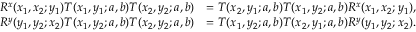
\begin{array} { r l } { R ^ { x } ( x _ { 1 } , x _ { 2 } ; y _ { 1 } ) T ( x _ { 1 } , y _ { 1 } ; a , b ) T ( x _ { 2 } , y _ { 2 } ; a , b ) } & { = T ( x _ { 2 } , y _ { 1 } ; a , b ) T ( x _ { 1 } , y _ { 2 } ; a , b ) R ^ { x } ( x _ { 1 } , x _ { 2 } ; y _ { 1 } ) , } \\ { R ^ { y } ( y _ { 1 } , y _ { 2 } ; x _ { 2 } ) T ( x _ { 1 } , y _ { 2 } ; a , b ) T ( x _ { 2 } , y _ { 2 } ; a , b ) } & { = T ( x _ { 1 } , y _ { 2 } ; a , b ) T ( x _ { 2 } , y _ { 1 } ; a , b ) R ^ { y } ( y _ { 1 } , y _ { 2 } ; x _ { 2 } ) . } \end{array}